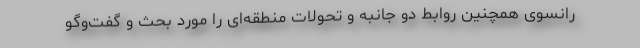
رانسوی همچنین روابط دو جانبه و تحولات منطقه‌ای را مورد بحث و گفت‌وگو